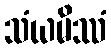
သံယမိဿံ